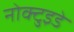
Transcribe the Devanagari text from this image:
नोक्टुइडे